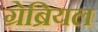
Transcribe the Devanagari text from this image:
ग्रेब्रियल